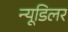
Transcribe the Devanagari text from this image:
न्यूडिलर